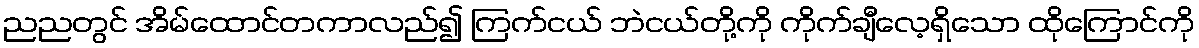
ညညတွင် အိမ်ထောင်တကာလည်၍ ကြက်ငယ် ဘဲငယ်တို့ကို ကိုက်ချီလေ့ရှိသော ထိုကြောင်ကို